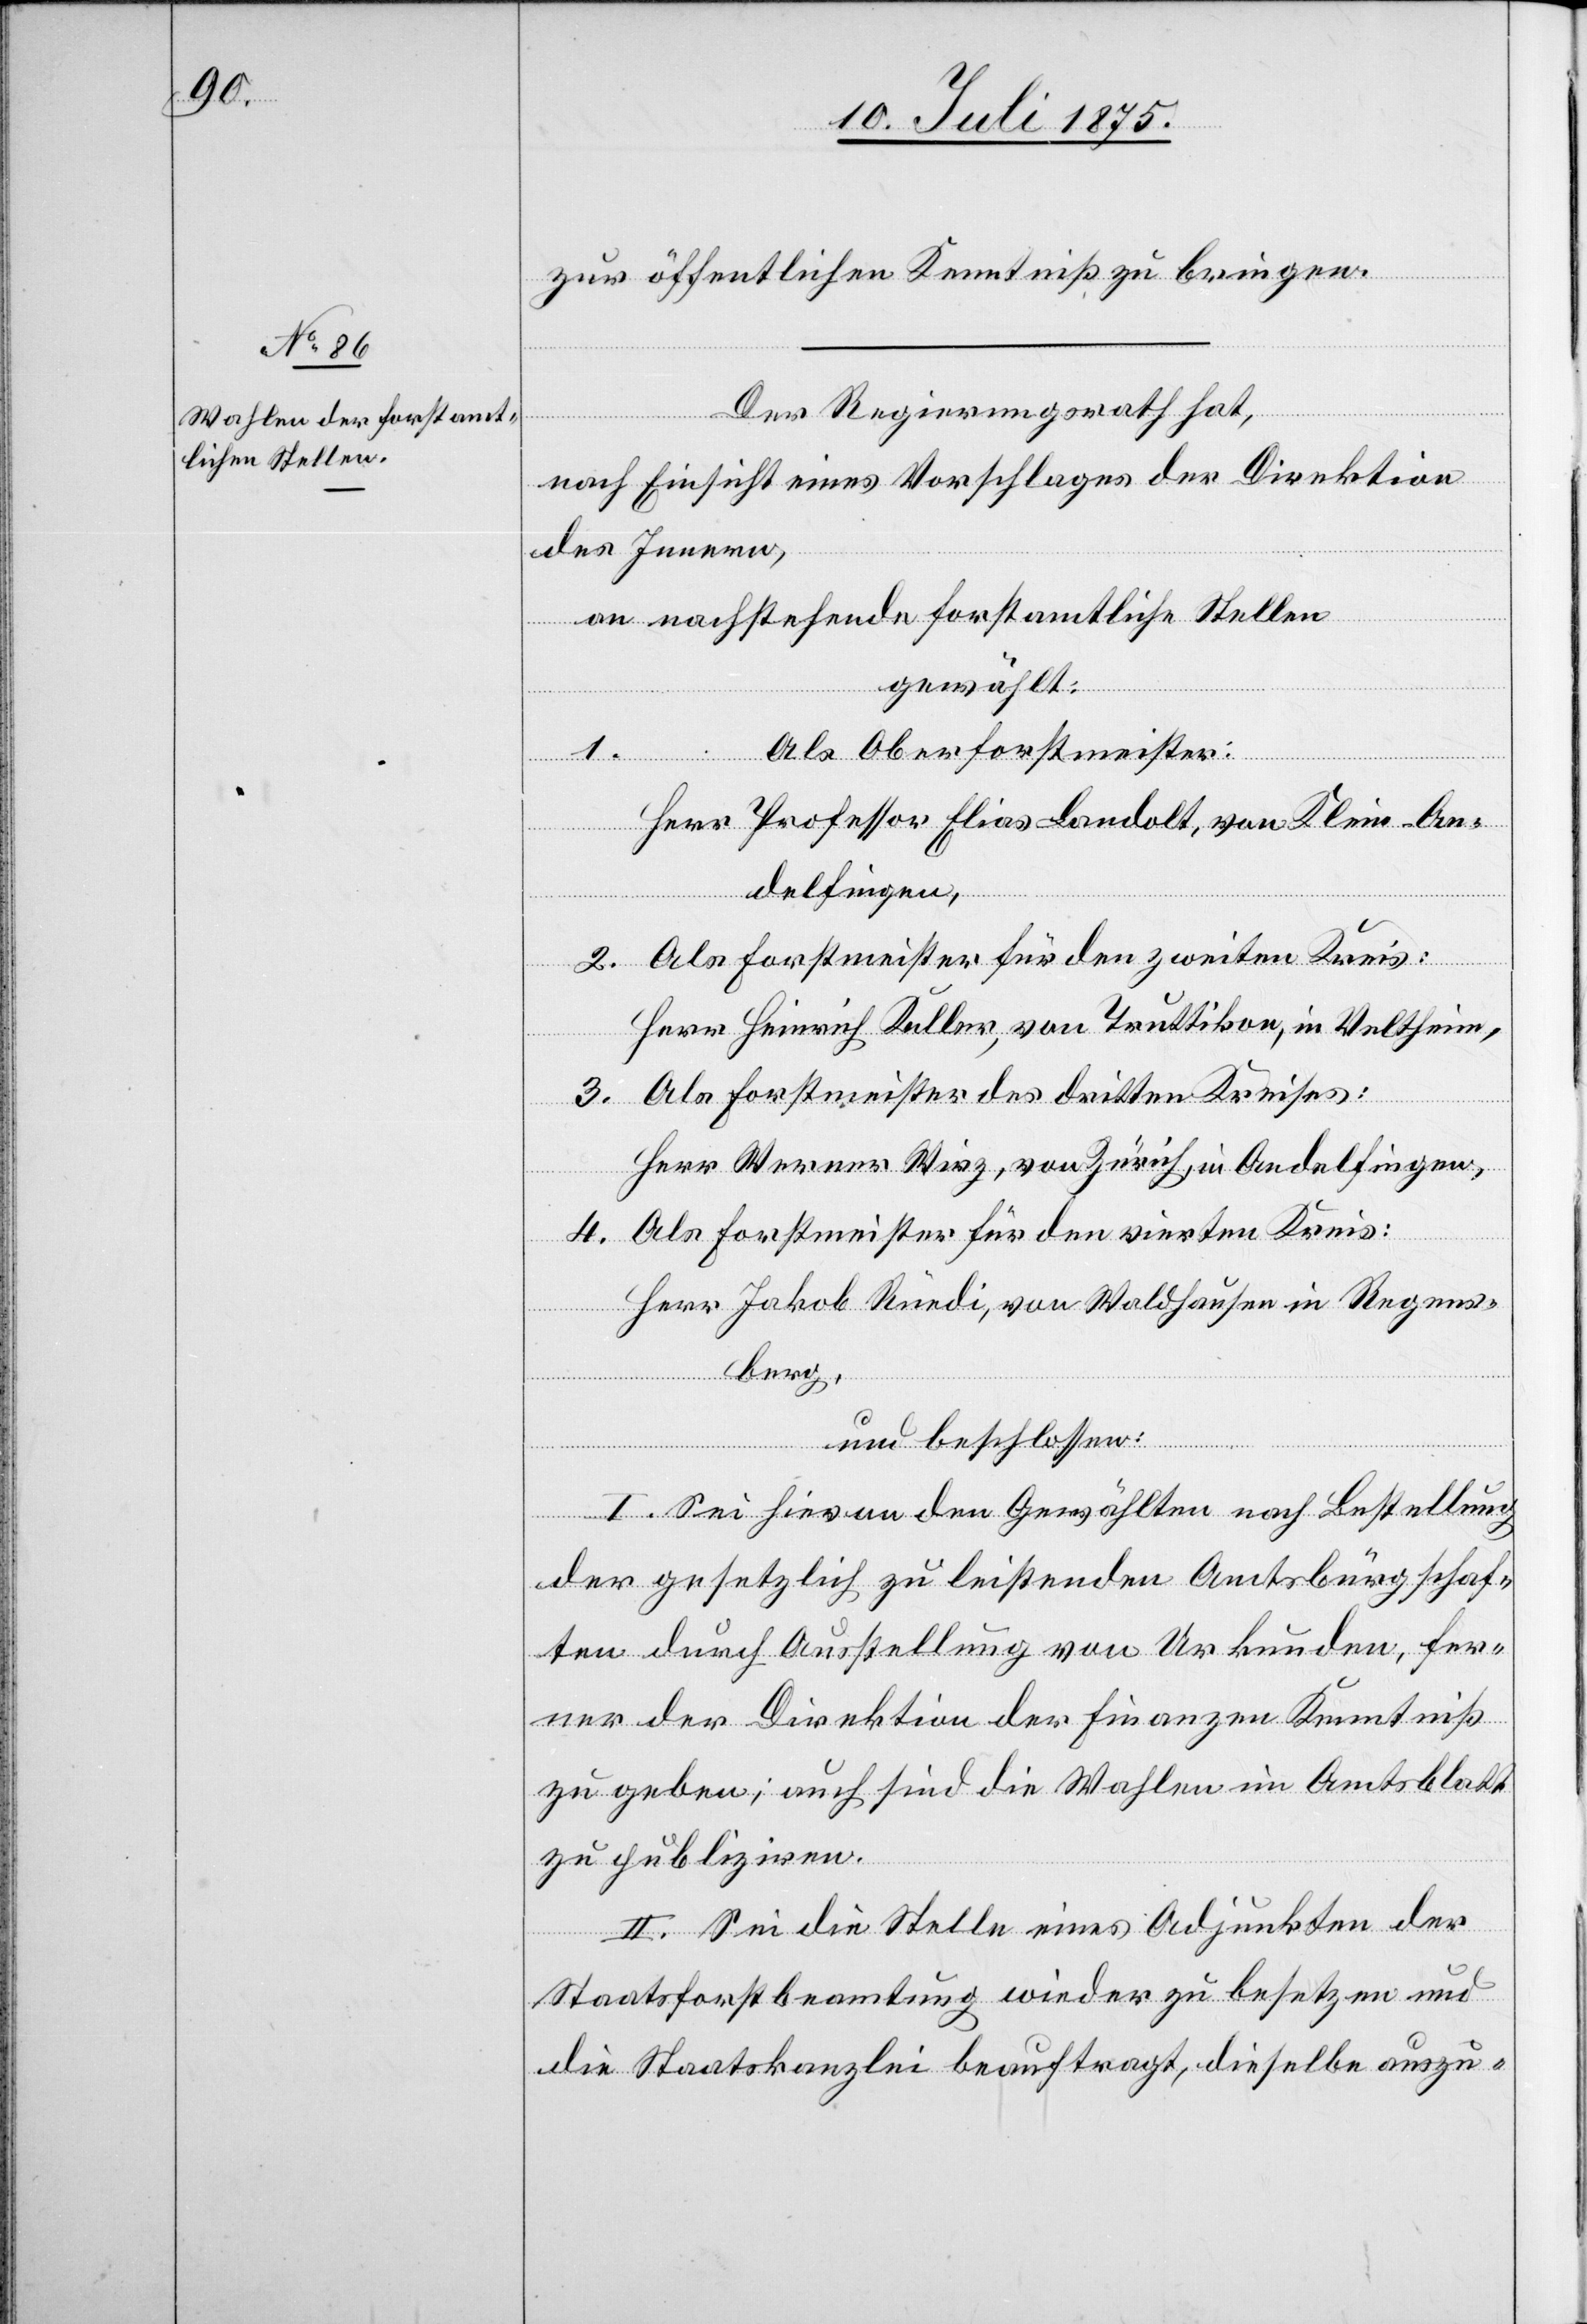
zur öffentlichen Kenntniß zu bringen.
Der Regierungsrath hat,
nach Einsicht eines Vorschlages der Direktion
des Innern,
an nachstehende forstamtliche Stellen
gewählt:
Als Oberforstmeister:
Herr Professor Elias Landolt, von Klein-An¬
delfingen,
1.
2. Als Forstmeister für den zweiten Kreis:
Herr Heinrich Keller, von Truttikon, in Veltheim,
3. Als Forstmeister des dritten Kreises:
Herr Werner Wirz, von Zürich, in Andelfingen,
4. Als Forstmeister für den vierten Kreis:
Herr Jakob Rüedi, von Waldhausen in Regens¬
berg,
und beschlossen:
I. Sei hievon den Gewählten nach Bestellung
der gesetzlich zu leistenden Amtsbürgschaf¬
ten durch Ausstellung von Urkunden, fer¬
ner der Direktion der Finanzen Kenntniß
zu geben; auch sind die Wahlen im Amtsblatt
zu publiziren.
II. Sei die Stelle eines Adjunkten der
Staatsforstbeamtung wieder zu besetzen und
die Staatskanzlei beauftragt, dieselbe auszu-